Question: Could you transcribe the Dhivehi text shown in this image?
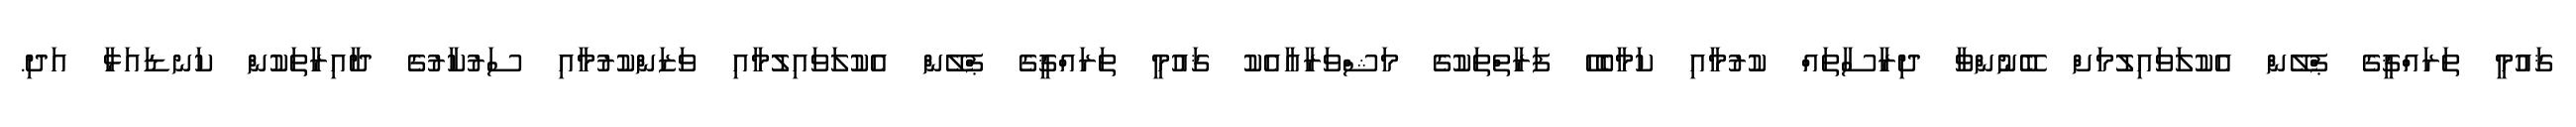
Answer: ޤައުމީ ތަރައްޤީގެ ޕްލޭން އެކުލަވައިލުމަށް ބޭނުންވާ ދިރާސާތައް ކުރުމާއި ކަމާބެހޭ ފަރާތްތަކުގެ މަޝްވަރާއާއެކު ޤައުމީ ތަރައްޤީގެ ޕްލޭން އެކުލަވައިލުމާއި ވަޒަންކުރުމާއި ސަރުކާރުގެ ދާއިރާތަކުން ކަނޑައަޅާ އަދި.